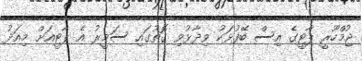
ޖުމްހޫރީ ޕާޓީގެ އިސް ބޭފުޅަކު ވިދާޅުވި ގޮތުގައި ސަމީރު އެ ޕާޓީއަށް މިއަދު